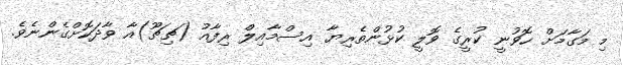
މި މަގާމަށް ހޮވުނީ ކުރީގެ ވޮލީ ކުޅުންތެރިޔާ އިސްމާއިލް ރިފާއު (ޗިޗޫ)އާ ވާދަކޮށްގެންނެވެ.